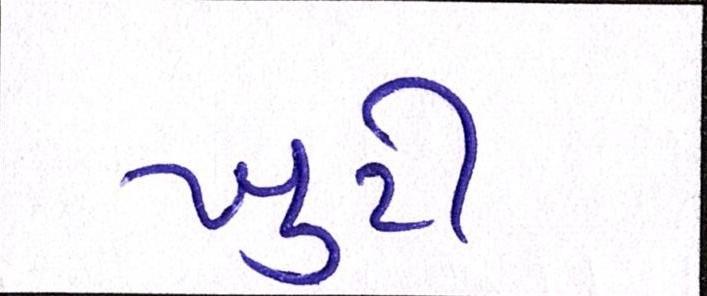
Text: ખુટી